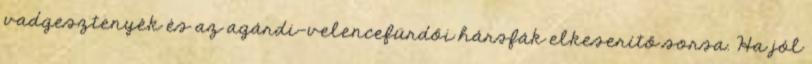
vadgesztenyék és az agárdi-velencefürdői hársfák elkeserítő sorsa. Ha jól